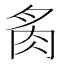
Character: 䏑